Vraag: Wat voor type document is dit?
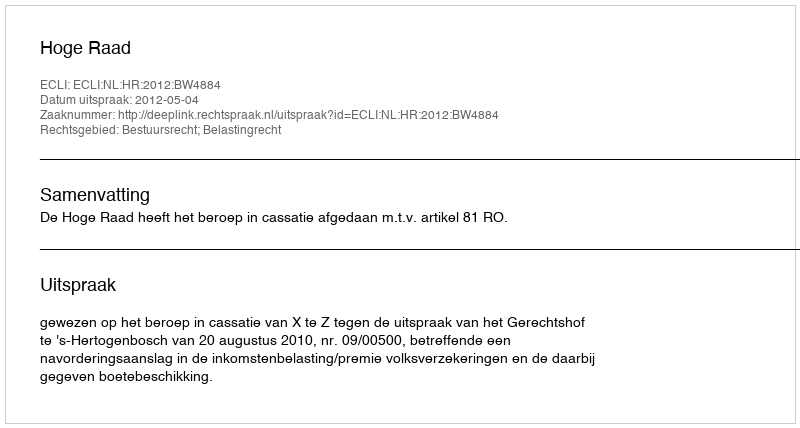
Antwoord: Uitspraak